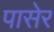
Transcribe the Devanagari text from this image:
पासेर